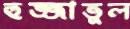
হুজ্জাতুল